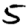
Digit: 5